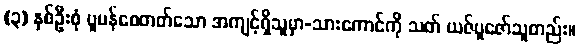
(၃) နှစ်ဦးစုံ ပူပန်စေတတ်သော အကျင့်ရှိသူမှာ-သားကောင်ကို သတ် ယဇ်ပူဇော်သူတည်း။